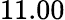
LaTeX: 11.00